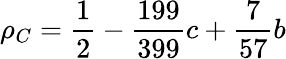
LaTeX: \rho_{C}=\frac{1}{2}-\frac{199}{399}c+\frac{7}{57}b